Civil Veterinary Dept. Bombay admin report 1900-1906 - 1900-1906
Year: 1900
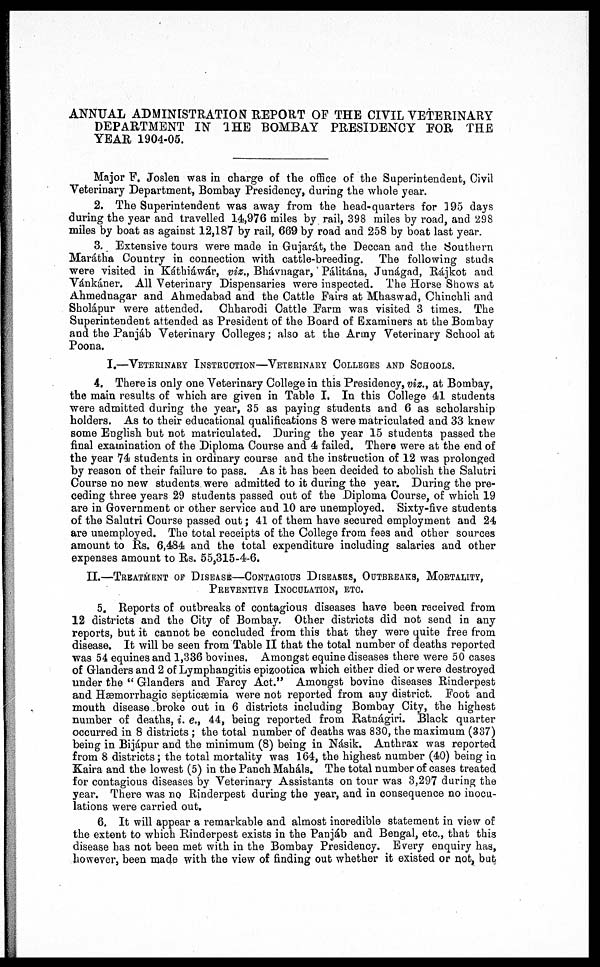
ANNUAL ADMINISTRATION REPORT OF THE CIVIL VETERINARY
DEPARTMENT IN THE BOMBAY PRESIDENCY FOR THE
YEAR 1904-05.
Major F. Joslen was in charge of the office of the Superintendent, Civil
Veterinary Department, Bombay Presidency, during the whole year.
2. The Superintendent was away from the head-quarters for 195 days
during the year and travelled 14,976 miles by rail, 398 miles by road, and 298
miles by boat as against 12,187 by rail, 669 by road and 258 by boat last year.
3. Extensive tours were made in Gujarát, the Deccan and the Southern
Marátha Country in connection with cattle-breeding. The following studs
were visited in Káthiáwár, viz., Bhávnagar, Pálitána, Junágad, Rájkot and
Vánkáner. All Veterinary Dispensaries were inspected. The Horse Shows at
Ahmednagar and Ahmedabad and the Cattle Fairs at Mhaswad, Chinchli and
Sholápur were attended.
Chharodi Cattle Farm was visited 3 times. The
Superintendent attended as President of the Board of Examiners at the Bombay
and the Panjáb Veterinary Colleges; also at the Army Veterinary School at
Poona.
I.—VETERINARY INSTRUCTION—VETERINARY COLLEGES AND SCHOOLS.
4. There is only one Veterinary College in this Presidency, viz., at Bombay,
the main results of which are given in Table I. In this College 41 students
were admitted during the year, 35 as paying students and 6 as scholarship
holders. As to their educational qualifications 8 were matriculated and 33 knew
some English but not matriculated. During the year 15 students passed the
final examination of the Diploma Course and 4 failed. There were at the end of
the year 74 students in ordinary course and the instruction of 12 was prolonged
by reason of their failure to pass. As it has been decided to abolish the Salutri
Course no new students were admitted to it during the year. During the pre-
ceding three years 29 students passed out of the Diploma Course, of which 19
are in Government or other service and 10 are unemployed. Sixty-five students
of the Salutri Course passed out; 41 of them have secured employment and 24
are unemployed. The total receipts of the College from fees and other sources
amount to Rs. 6,484 and the total expenditure including salaries and other
expenses amount to Rs. 55,315-4-6.
II.—TREATMENT OF DISEASE—CONTAGIOUS DISEAES, OUTBREAKS, MORTALITY,
PREVENTIVE INOCULATION, ETC.
5. Reports of outbreaks of contagious diseases have been received from
12 districts and the City of Bombay. Other districts did not send in any
reports, but it cannot be concluded from this that they were quite free from
disease. It will be seen from Table II that the total number of deaths reported
was 54 equines and 1,336 bovines. Amongst equine diseases there were 50 cases
of Glanders and 2 of Lymphangitis epizootica which either died or were destroyed
under the "Glanders and Farcy Act." Amongst bovine diseases Rinderpest
and Hæmorrhagic septicæmia were not reported from any district. Foot and
mouth disease broke out in 6 districts including Bombay City, the highest
number of deaths, i. e., 44, being reported from Ratnágiri. Black quarter
occurred in 8 districts ; the total number of deaths was 830, the maximum (337)
being in Bijápur and the minimum (8) being in Násik. Anthrax was reported
from 8 districts; the total mortality was 164, the highest number (40) being in
Kaira and the lowest (5) in the Panch Maháls. The total number of cases treated
for contagious diseases by Veterinary Assistants on tour was 3,297 during the
year. There was no Rinderpest during the year, and in consequence no inocu-
lations were carried out.
6. It will appear a remarkable and almost incredible statement in view of
the extent to which Rinderpest exists in the Panjáb and Bengal, etc., that this
disease has not been met with in the Bombay Presidency. Every enquiry has,
however, been made with the view of finding out whether it existed or not, but